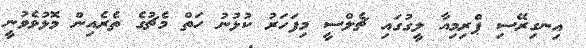
އިނގިރޭސި ޕްރިމިއާ ލީގުގައި ޗެލްސީ މިފަހަރު ކުޅުނު ހަތް މެޗުގެ ތެރެއިން މޮޅުވެވުނީ